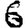
Digit: 6